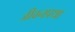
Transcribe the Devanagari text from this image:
जीवनप्रथा